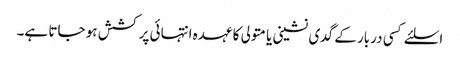
اسلئے کسی دربار کے گدی نشینی یا متولی کا عہدہ انتہائی پر کشش ہو جاتا ہے۔